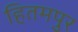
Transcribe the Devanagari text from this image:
हितमपुर